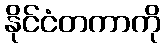
နိုင်ငံတကာကို